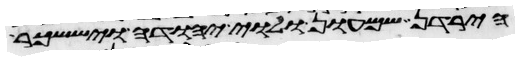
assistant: הירדן שמעון ולוי יהודה ויששכר